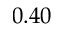
0 . 4 0